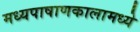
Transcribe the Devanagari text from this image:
मध्यपाषाणकालामध्ये